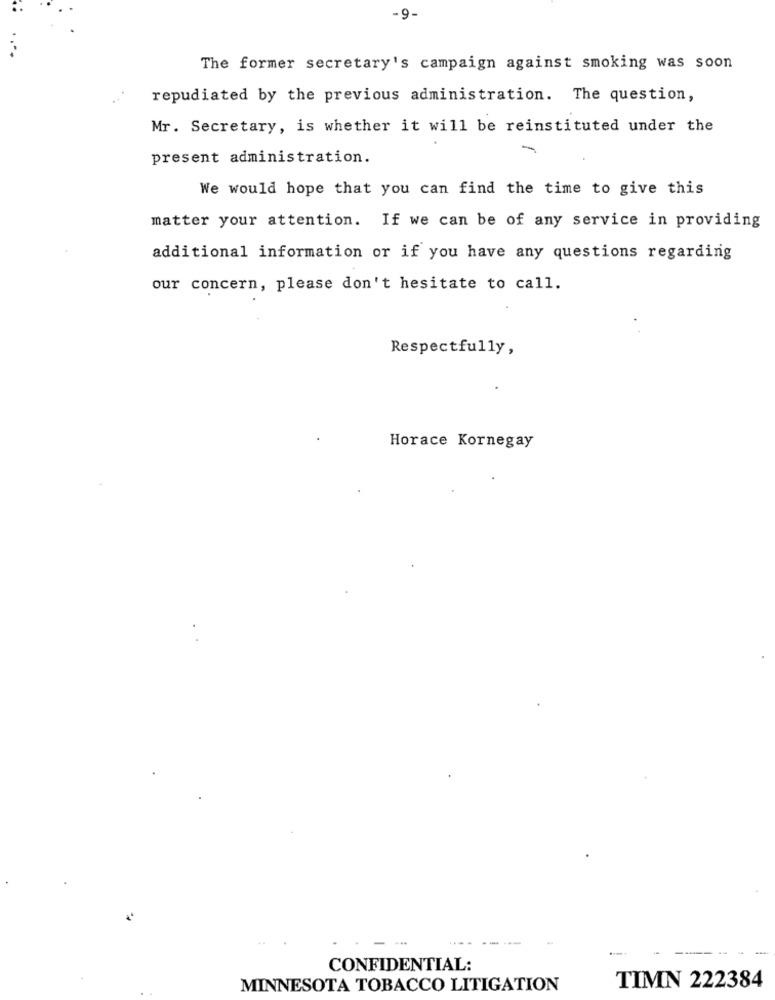
-9.
The former secretary's campaign against smoking was soon
. ..
repudiated by the previous administration. The question,
Mr. Secretary, is whether it will be reinstituted under the
present administration.
We would hope that you can find the time to give this
matter your attention. If we can be of any service in providing
additional information or if you have any questions regarding
our concern, please don't hesitate to call.
Respectfully,
Horace Kornegay
-----
--- -
CONFIDENTIAL:
MINNESOTA TOBACCO LITIGATION
TIMN 222384